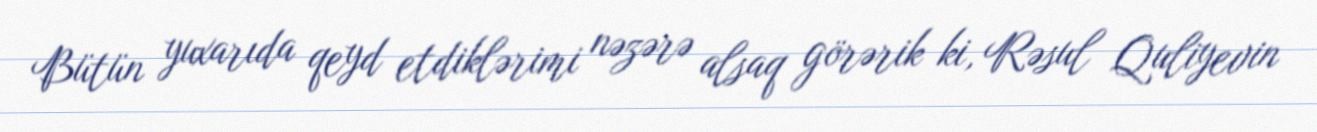
Bütün yuxarıda qeyd etdiklərimi nəzərə alsaq görərik ki, Rəsul Quliyevin